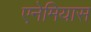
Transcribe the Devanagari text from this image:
एनेमियास